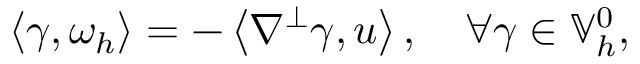
\left\langle \gamma , \omega _ { h } \right\rangle = - \left\langle \nabla ^ { \perp } \gamma , u \right\rangle , \quad \forall \gamma \in \mathbb { V } _ { h } ^ { 0 } ,